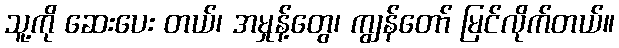
သူ့ကို ဆေးပေး တယ်၊ အမှုန့်တွေ၊ ကျွန်တော် မြင်လိုက်တယ်။